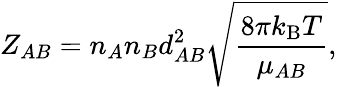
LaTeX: Z_{AB}=n_{A}n_{B}d_{AB}^{2}{\sqrt{\frac{8\pi k_{\mathrm{{B}}}T}{\mu_{AB}}}},